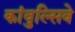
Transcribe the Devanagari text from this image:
कांवुल्सिवे